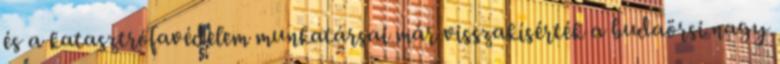
és a katasztrófavédelem munkatársai már visszakísérték a budaörsi nagy